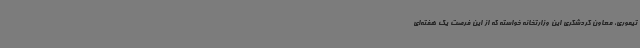
تیموری، معاون گردشگری این وزارتخانه خواسته که از این فرصت یک هفته‌ای